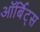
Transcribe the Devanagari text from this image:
ऑर्बिट्स